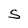
Character: S